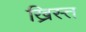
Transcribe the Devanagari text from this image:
ख्रिस्‍त्‍ा